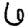
Digit: 6